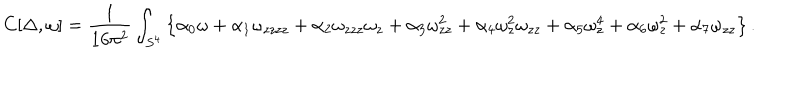
LaTeX: C [ \Delta , \omega ] = { \frac { 1 } { 1 6 \pi ^ { 2 } } } \int _ { S ^ { 4 } } \left\{ \alpha _ { 0 } \omega + \alpha _ { 1 } \omega _ { z z z z } + \alpha _ { 2 } \omega _ { z z z } \omega _ { z } + \alpha _ { 3 } \omega _ { z z } ^ { 2 } + \alpha _ { 4 } \omega _ { z } ^ { 2 } \omega _ { z z } + \alpha _ { 5 } \omega _ { z } ^ { 4 } + \alpha _ { 6 } \omega _ { z } ^ { 2 } + \alpha _ { 7 } \omega _ { z z } \right\} .